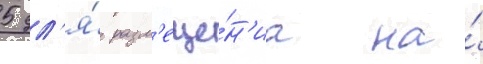
5 дл'я́ разм'еще́н'иа на́